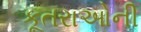
કૂતરાઓની